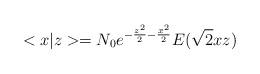
LaTeX: \begin{align*}<x|z>=N_0e^{-\frac{z^2}2-\frac{x^2}2}E(\sqrt{2}xz)\end{align*}